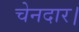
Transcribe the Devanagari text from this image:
चेनदार।